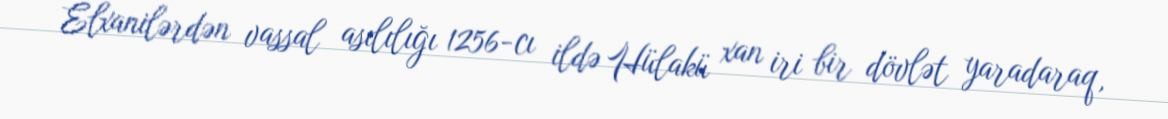
Elxanilərdən vassal asılılığı 1256-cı ildə Hülakü xan iri bir dövlət yaradaraq,